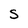
Character: s